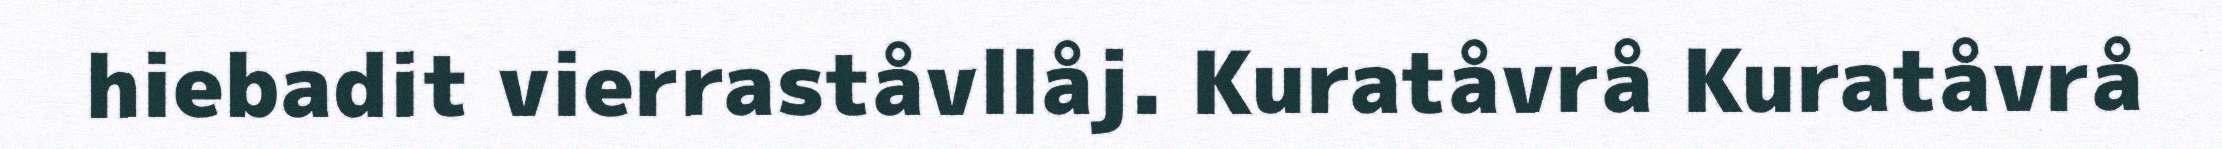
hiebadit vierraståvllåj. Kuratåvrå Kuratåvrå